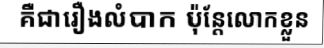
គឺជារឿងលំបាក ប៉ុន្តែលោកខ្លួន